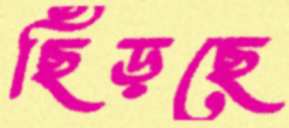
ছিঁড়ছে